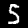
Digit: 5